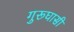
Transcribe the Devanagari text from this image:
गुरूघासी